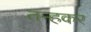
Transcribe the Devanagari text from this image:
तन्हकर